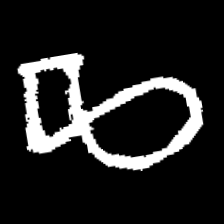
Pyu character \u2014 Myanmar letter: ဆ (romanized: cha)